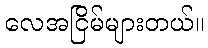
လေအငြိမ်များတယ်။